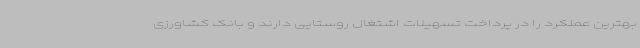
بهترین عملکرد را در پرداخت تسهیلات اشتغال روستایی دارند و بانک کشاورزی